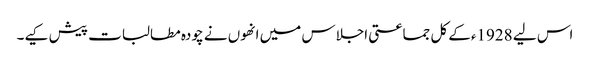
اس لیے 1928ءکے کل جماعتی اجلاس میں انھوں نے چودہ مطالبات پیش کیے۔